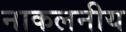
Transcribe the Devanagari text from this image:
नाकलनीय